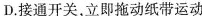
D.接通开关，立即拖动纸带运动